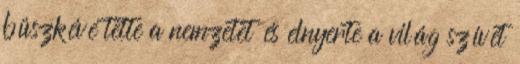
büszkévé tette a nemzetet és elnyerte a világ szívét